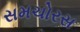
સમચોરસ